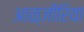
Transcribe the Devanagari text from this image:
आळ्जीरिया